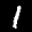
Label: 1